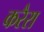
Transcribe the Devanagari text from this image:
करैरा